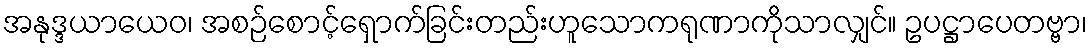
အနုဒ္ဒယာယေဝ၊ အစဉ်စောင့်ရှောက်ခြင်းတည်းဟူသောကရုဏာကိုသာလျှင်။ ဥပဋ္ဌာပေတဗ္ဗာ၊